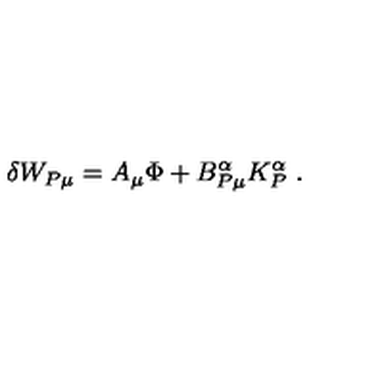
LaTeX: \delta W _ { P \mu } = A _ { \mu } \Phi + B _ { P \mu } ^ { \alpha } K _ { P } ^ { \alpha } \ .